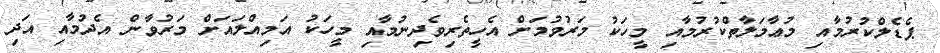
ޕެޑެލްކުރުމާއި މުޢާމަލާތްކުރުމާއި މީހަކު މަރުވުމަށް އެހީތެރިވެދިނުމާއި މީހަކު އަމިއްލައަށް މަރުވާން އެދުމާއި އަދި